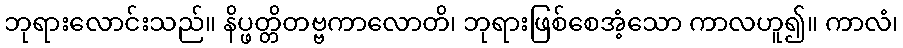
ဘုရားလောင်းသည်။ နိပ္ဖတ္တိတဗ္ဗကာလောတိ၊ ဘုရားဖြစ်စေအံ့သော ကာလဟူ၍။ ကာလံ၊